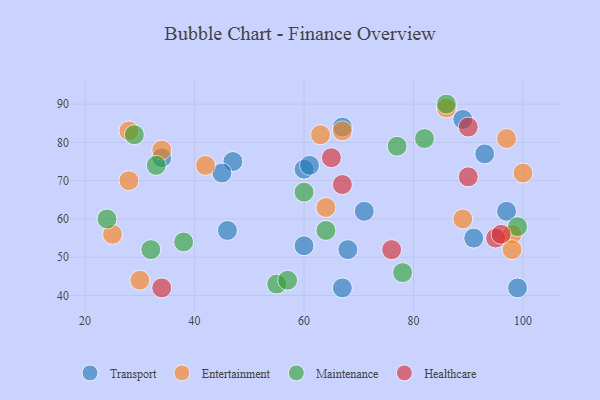
{"axis": {"x": "GDP", "y": "Life Expectancy"}, "legend": ["Entertainment", "Healthcare", "Maintenance", "Transport"], "data": [{"x": "34", "y": 76, "type": "Transport"}, {"x": "97", "y": 62, "type": "Transport"}, {"x": "67", "y": 42, "type": "Transport"}, {"x": "93", "y": 77, "type": "Transport"}, {"x": "91", "y": 55, "type": "Transport"}, {"x": "60", "y": 73, "type": "Transport"}, {"x": "99", "y": 42, "type": "Transport"}, {"x": "47", "y": 75, "type": "Transport"}, {"x": "89", "y": 86, "type": "Transport"}, {"x": "46", "y": 57, "type": "Transport"}, {"x": "45", "y": 72, "type": "Transport"}, {"x": "61", "y": 74, "type": "Transport"}, {"x": "71", "y": 62, "type": "Transport"}, {"x": "68", "y": 52, "type": "Transport"}, {"x": "67", "y": 84, "type": "Transport"}, {"x": "60", "y": 53, "type": "Transport"}, {"x": "64", "y": 63, "type": "Entertainment"}, {"x": "89", "y": 60, "type": "Entertainment"}, {"x": "98", "y": 56, "type": "Entertainment"}, {"x": "28", "y": 70, "type": "Entertainment"}, {"x": "30", "y": 44, "type": "Entertainment"}, {"x": "34", "y": 78, "type": "Entertainment"}, {"x": "86", "y": 89, "type": "Entertainment"}, {"x": "42", "y": 74, "type": "Entertainment"}, {"x": "63", "y": 82, "type": "Entertainment"}, {"x": "67", "y": 83, "type": "Entertainment"}, {"x": "98", "y": 52, "type": "Entertainment"}, {"x": "28", "y": 83, "type": "Entertainment"}, {"x": "100", "y": 72, "type": "Entertainment"}, {"x": "25", "y": 56, "type": "Entertainment"}, {"x": "97", "y": 81, "type": "Entertainment"}, {"x": "24", "y": 60, "type": "Maintenance"}, {"x": "86", "y": 90, "type": "Maintenance"}, {"x": "38", "y": 54, "type": "Maintenance"}, {"x": "82", "y": 81, "type": "Maintenance"}, {"x": "32", "y": 52, "type": "Maintenance"}, {"x": "33", "y": 74, "type": "Maintenance"}, {"x": "78", "y": 46, "type": "Maintenance"}, {"x": "64", "y": 57, "type": "Maintenance"}, {"x": "60", "y": 67, "type": "Maintenance"}, {"x": "55", "y": 43, "type": "Maintenance"}, {"x": "77", "y": 79, "type": "Maintenance"}, {"x": "57", "y": 44, "type": "Maintenance"}, {"x": "99", "y": 58, "type": "Maintenance"}, {"x": "29", "y": 82, "type": "Maintenance"}, {"x": "76", "y": 52, "type": "Healthcare"}, {"x": "67", "y": 69, "type": "Healthcare"}, {"x": "34", "y": 42, "type": "Healthcare"}, {"x": "65", "y": 76, "type": "Healthcare"}, {"x": "95", "y": 55, "type": "Healthcare"}, {"x": "90", "y": 84, "type": "Healthcare"}, {"x": "90", "y": 71, "type": "Healthcare"}, {"x": "96", "y": 56, "type": "Healthcare"}]}